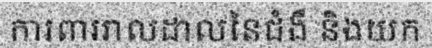
ការពាររាលដាលនៃជំងឺ និងយក